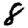
Digit: 8